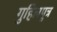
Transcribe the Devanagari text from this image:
गुहिलपुत्र